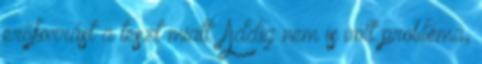
erőforrást a teszt miatt. Addig nem is volt probléma,